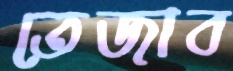
তেজাব